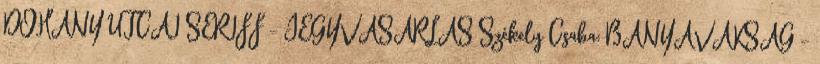
DOHÁNY UTCAI SERIFF - JEGYVÁSÁRLÁS Székely Csaba: BÁNYAVAKSÁG -